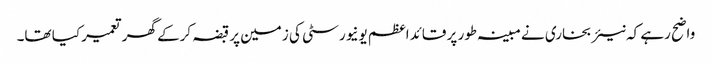
واضح رہے کہ نیئر بخاری نے مبینہ طور پر قائداعظم یونیورسٹی کی زمین پر قبضہ کرکے گھر تعمیر کیا تھا۔